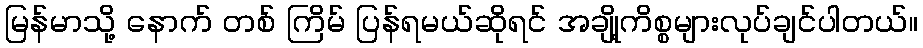
မြန်မာသို့ နောက် တစ် ကြိမ် ပြန်ရမယ်ဆိုရင် အချို့ကိစ္စများလုပ်ချင်ပါတယ်။